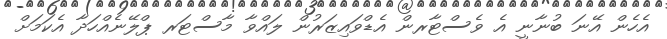
އެހެން އޭނަ ބުނާނީ އެ ވެސްޓާރން އެޑްވައިޒަރުން ލައްވާ މާސްޓަރ ޕްލޭނެއްހަދާ އެކަމަށް